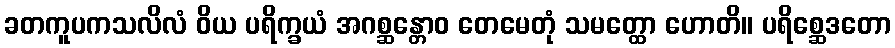
ခတကူပကသလိလံ ဝိယ ပရိက္ခယံ အဂစ္ဆန္တောဝ တေမေတုံ သမတ္ထော ဟောတိ။ ပရိစ္ဆေဒတော